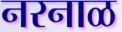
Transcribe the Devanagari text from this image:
नरनाळ